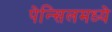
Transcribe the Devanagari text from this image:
पेन्सिलमध्ये